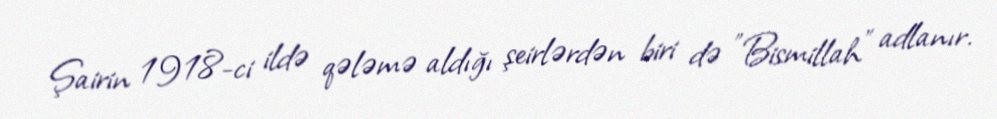
Şairin 1918-ci ildə qələmə aldığı şeirlərdən biri də "Bismillah" adlanır.